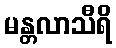
မန္တလာသီရိ